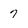
Character: 7